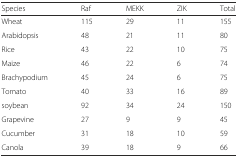
| Species | Raf | MEKK | ZIK | Total |
 | --- | --- | --- | --- | --- |
 | Wheat | 115 | 29 | 11 | 155 |
 | Arabidopsis | 48 | 21 | 11 | 80 |
 | Rice | 43 | 22 | 10 | 75 |
 | Maize | 46 | 22 | 6 | 74 |
 | Brachypodium | 45 | 24 | 6 | 75 |
 | Tomato | 40 | 33 | 16 | 89 |
 | soybean | 92 | 34 | 24 | 150 |
 | Grapevine | 27 | 9 | 9 | 45 |
 | Cucumber | 31 | 18 | 10 | 59 |
 | Canola | 39 | 18 | 9 | 66 |